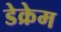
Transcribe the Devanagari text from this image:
डेक्रेम